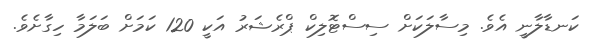
ކަނޑާލާނީ އެވެ. މިސާލަކަށް ސިސްޓޮލިކް ޕްރެޝަރު އަކީ 120 ކަމަށް ބަލަމާ ހިގާށެވެ.